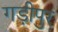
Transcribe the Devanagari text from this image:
गड़ीपुर